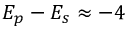
E _ { p } - E _ { s } \approx - 4